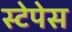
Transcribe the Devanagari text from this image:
स्टेपेस